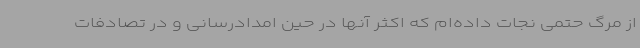
از مرگ حتمی نجات داده‌ام که اکثر آنها در حین امدادرسانی و در تصادفات